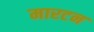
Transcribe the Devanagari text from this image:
मारटन